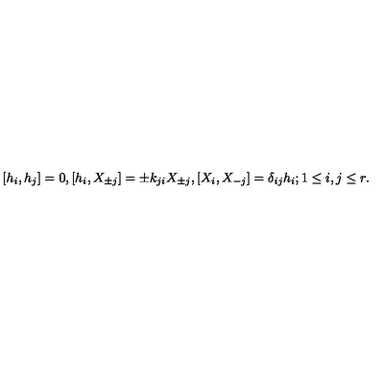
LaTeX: { } [ h _ { i } , h _ { j } ] = 0 , [ h _ { i } , X _ { \pm j } ] = \pm k _ { j i } X _ { \pm j } , [ X _ { i } , X _ { - j } ] = \delta _ { i j } h _ { i } ; 1 \leq i , j \leq r .